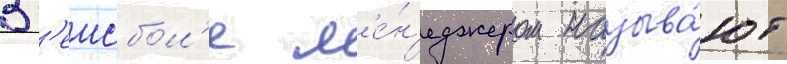
В б'еисбол'е м'е́н'еджером называ́ют